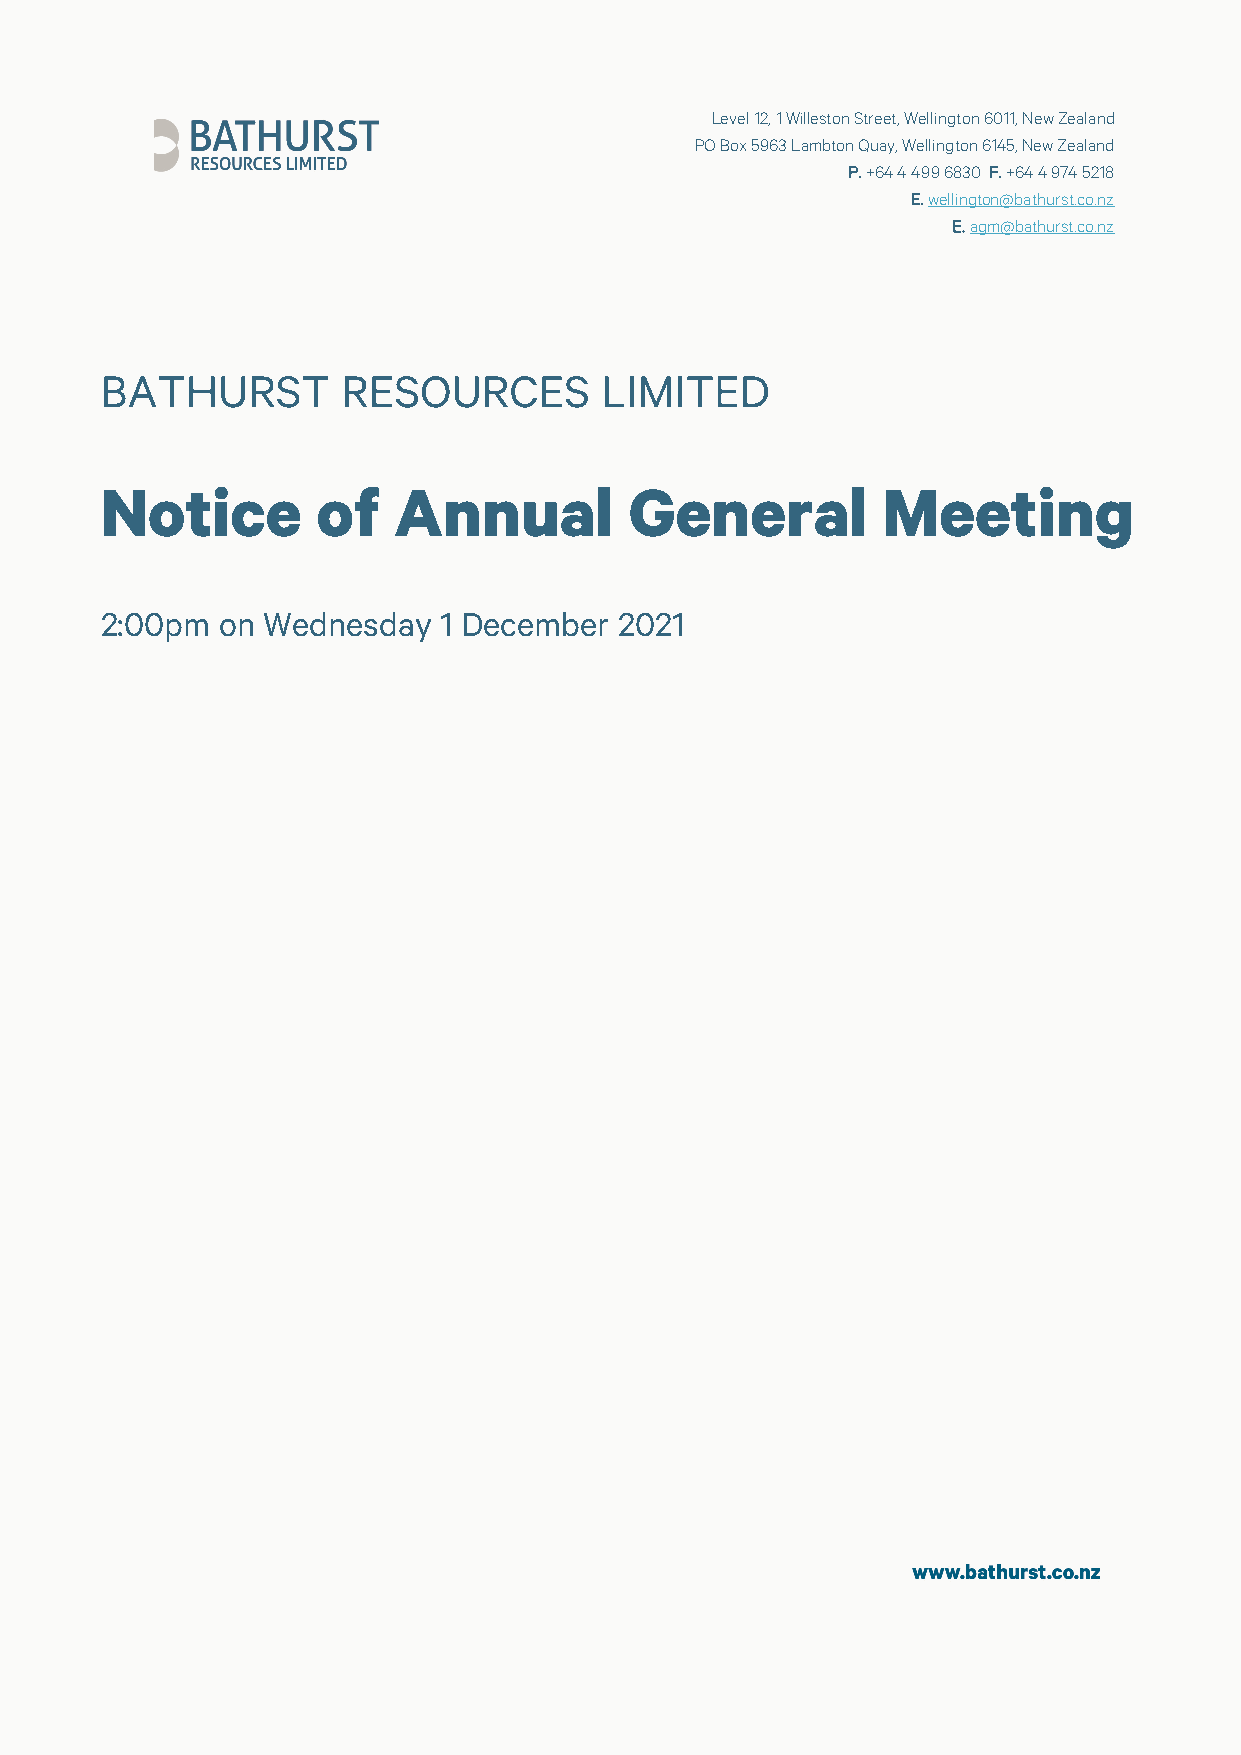
Level 12, 1 Willeston Street, Wellington 6011, New Zealand
 PO Box 5963 Lambton Quay, Wellington 6145, New Zealand
 P. +64 4 499 6830 F. +64 4 974 5218
 E. wellington@bathurst.co.nz
 E. agm@bathurst.co.nz
 BATHURST        RESOURCES        LIMITED
 Notice        of   Annual          General         Meeting
 2:00pm on Wednesday   1 December  2021